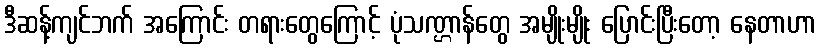
ဒီဆန့်ကျင်ဘက် အကြောင်း တရားတွေကြောင့် ပုံသဏ္ဌာန်တွေ အမျိုးမျိုး ပြောင်းပြီးတော့ နေတာဟာ